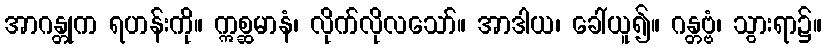
အာဂန္တုက ရဟန်းကို။ ဣစ္ဆမာနံ၊ လိုက်လိုလသော်။ အာဒါယ၊ ခေါ်ယူ၍။ ဂန္တဗ္ဗံ၊ သွားရာ၌။